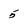
Character: 5